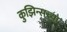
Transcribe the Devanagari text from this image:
कुझिन्सच्या